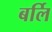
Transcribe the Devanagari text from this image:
बर्लि